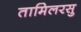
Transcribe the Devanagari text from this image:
तामिलरसु